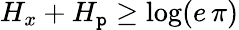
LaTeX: H_{x}+H_{\mathtt{p}}\geq\log(e\, \pi)